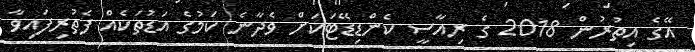
އޭގެ އިތުރުން 2018 ގެ ރިއާސީ ކެންޑިޑޭޓަކަށް ވެދާނެ ކަމުގެ އަޑުތަކެއް ފެތުރިފައިވާ